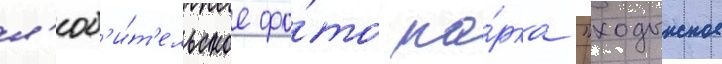
л'юб'и́т'ельское фо́то па́рка "ходынское